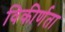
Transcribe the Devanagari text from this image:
विकीर्णता